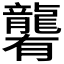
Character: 𪚞